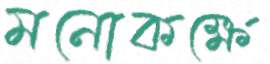
মনোকক্ষে